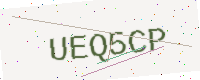
Text: UEQ5CP